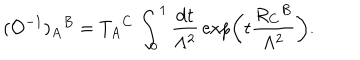
( { \cal O } ^ { - 1 } ) _ { A } { } ^ { B } = T _ { A } { } ^ { C } \, \int _ { 0 } ^ { 1 } \frac { \mathrm { d } t } { \Lambda ^ { 2 } } \, \exp \left( t \frac { R _ { C } { } ^ { B } } { \Lambda ^ { 2 } } \right) .